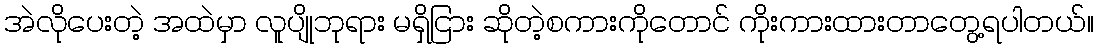
အဲလိုပေးတဲ့ အထဲမှာ လူပျိုဘုရား မရှိငြား ဆိုတဲ့စကားကိုတောင် ကိုးကားထားတာတွေ့ရပါတယ်။